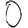
Digit: 0